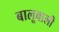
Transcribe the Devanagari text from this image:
बालूवाली